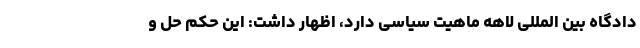
دادگاه بین المللی لاهه ماهیت سیاسی دارد، اظهار داشت: این حکم حل و